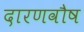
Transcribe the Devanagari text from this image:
दारणवौष